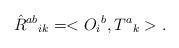
\begin{align*}\hat{R}^{ab}{}_{ik} = <O_{i}{}^{b} , T^{a}{}_{k}>.\end{align*}